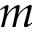
m